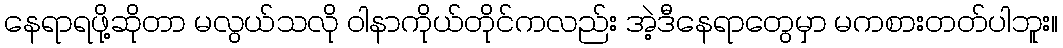
နေရာရဖို့ဆိုတာ မလွယ်သလို ဝါနာကိုယ်တိုင်ကလည်း အဲ့ဒီနေရာတွေမှာ မကစားတတ်ပါဘူး။